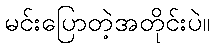
မင်းပြောတဲ့အတိုင်းပဲ။